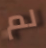
لم